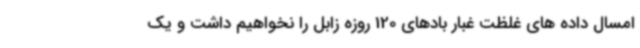
امسال داده های غلظت غبار بادهای 120 روزه زابل را نخواهیم داشت و یک